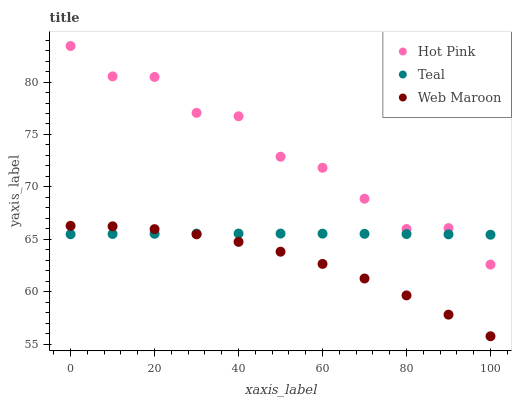
| xaxis_label | Hot Pink | Teal | Web Maroon |
 | --- | --- | --- | --- |
 | 0 | 83.4 | 65.5 | 66.3 |
 | 10 | 80.5 | 65.5 | 66.2 |
 | 20 | 80.5 | 65.5 | 66 |
 | 30 | 77.1 | 65.5 | 65.5 |
 | 40 | 76.7 | 65.5 | 64.8 |
 | 50 | 72.9 | 65.5 | 63.8 |
 | 60 | 71.8 | 65.5 | 62.6 |
 | 70 | 68.9 | 65.5 | 61.3 |
 | 80 | 66 | 65.5 | 59.6 |
 | 90 | 66.1 | 65.5 | 57.8 |
 | 100 | 62.6 | 65.4 | 55.7 |